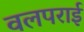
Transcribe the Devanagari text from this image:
वलपराई